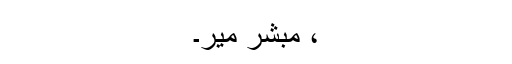
، مبشر میر۔